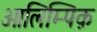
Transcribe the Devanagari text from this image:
ओलिम्पिक़